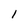
Character: 1